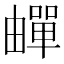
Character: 𬏕